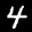
Digit: 4